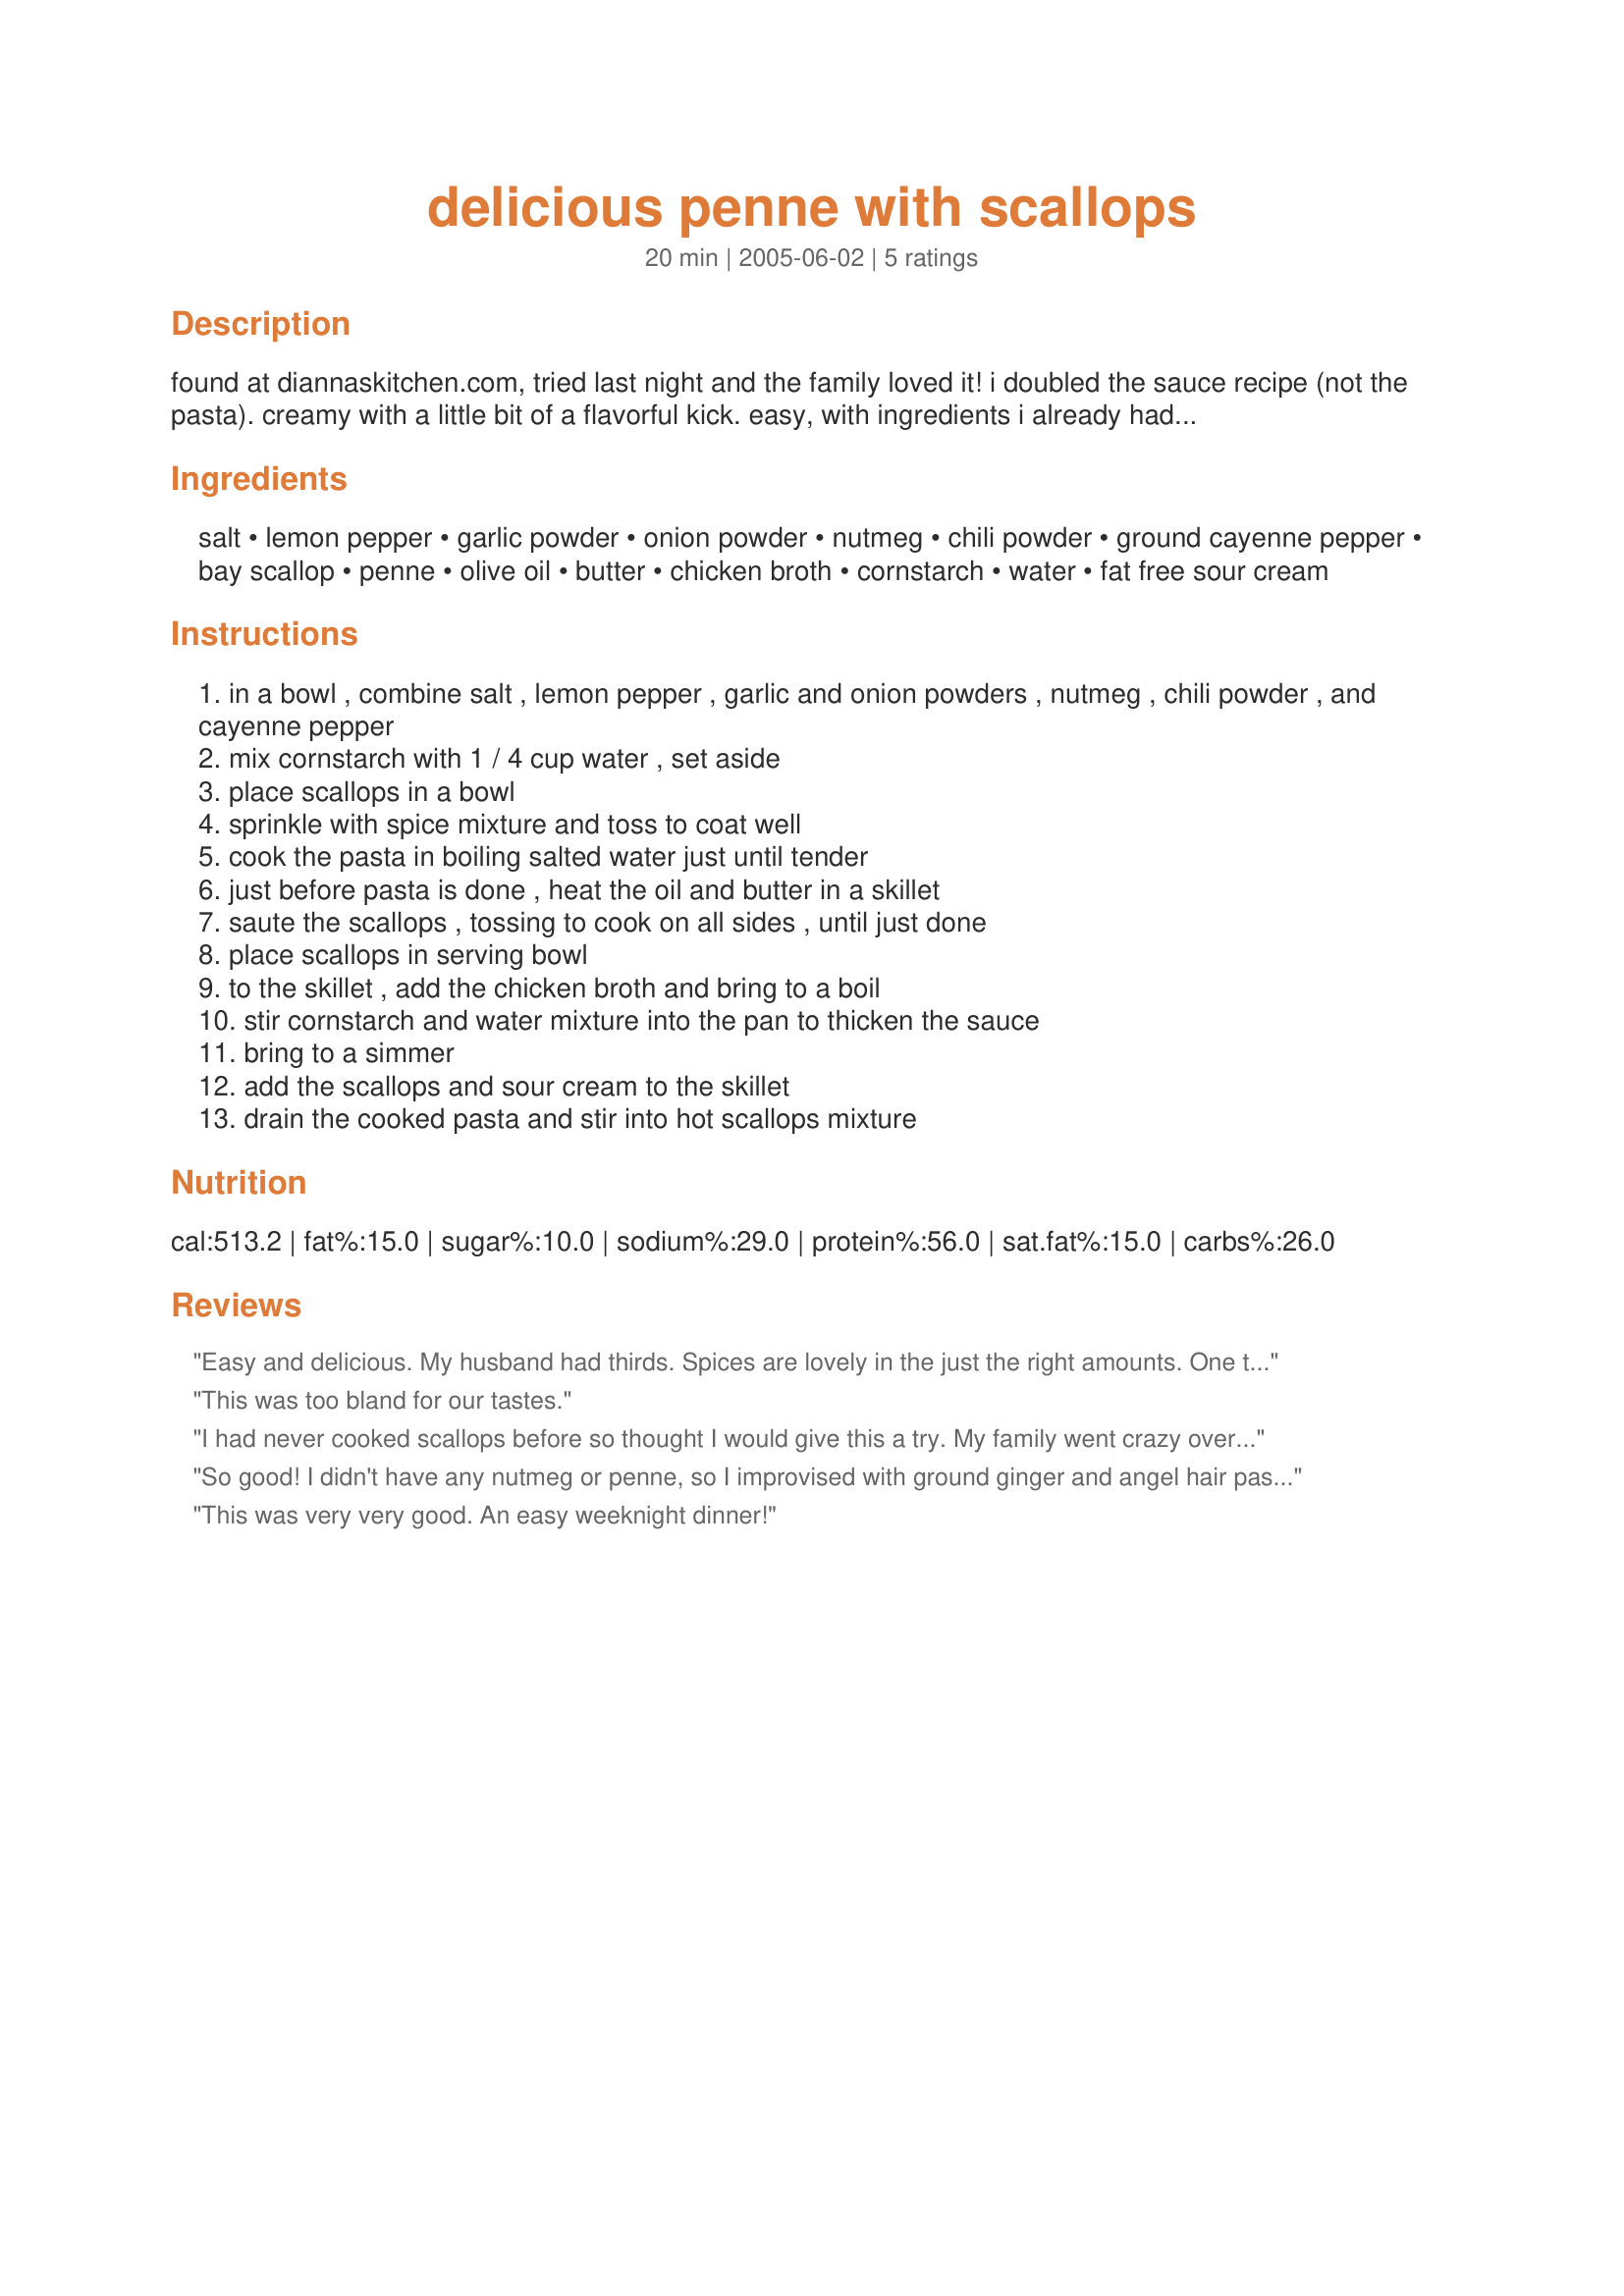
delicious penne with scallops
Preparation time: 20 minutes

found at diannaskitchen.com, tried last night and the family loved it! i doubled the sauce recipe (not the pasta). creamy with a little bit of a flavorful kick. easy, with ingredients i already had on hand.

Ingredients:
salt, lemon pepper, garlic powder, onion powder, nutmeg, chili powder, ground cayenne pepper, bay scallop, penne, olive oil, butter, chicken broth, cornstarch, water, fat free sour cream

Steps:
in a bowl , combine salt , lemon pepper , garlic and onion powders , nutmeg , chili powder , and cayenne pepper
mix cornstarch with 1 / 4 cup water , set aside
place scallops in a bowl
sprinkle with spice mixture and toss to coat well
cook the pasta in boiling salted water just until tender
just before pasta is done , heat the oil and butter in a skillet
saute the scallops , tossing to cook on all sides , until just done
place scallops in serving bowl
to the skillet , add the chicken broth and bring to a boil
stir cornstarch and water mixture into the pan to thicken the sauce
bring to a simmer
add the scallops and sour cream to the skillet
drain the cooked pasta and stir into hot scallops mixture

Reviews:
Easy and delicious. My husband had thirds. Spices are lovely in the just the right amounts. One thing, though -- it's a lovely peach cream color, but without variation. Needs to be served with something deep, dark green -- broccoli or romaine or asparagus or green beans. You know. And sprinkled with a little choppped, flat-leaf parsley. What a great dish -- thanks so much!
This was too bland for our tastes.
I had never cooked scallops before so thought I would give this a try. My family went crazy over it. This is definitely something that I will fix again. I did add some enoki mushrooms to the recipe. I cooked them with the scallops and it was an extra added treat to the wonderful recipe. KUDOS to you for submitting the great recipe.
So good! I didn't have any nutmeg or penne, so I improvised with ground ginger and angel hair pasta. I added a few extra dashes of cayenne and a spritz of fresh lemon juice after I plated it. Loved it! Will definitely make again and again!
This was very very good. An easy weeknight dinner!
